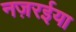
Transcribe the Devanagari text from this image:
नज़रईया